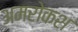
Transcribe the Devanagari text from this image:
अमरोकश